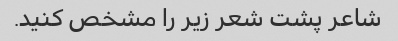
شاعر پشت شعر زیر را مشخص کنید.